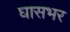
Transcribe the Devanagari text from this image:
घासभर